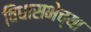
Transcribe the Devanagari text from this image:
विधासभेच्या